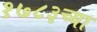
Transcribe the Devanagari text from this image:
१७८३च्या